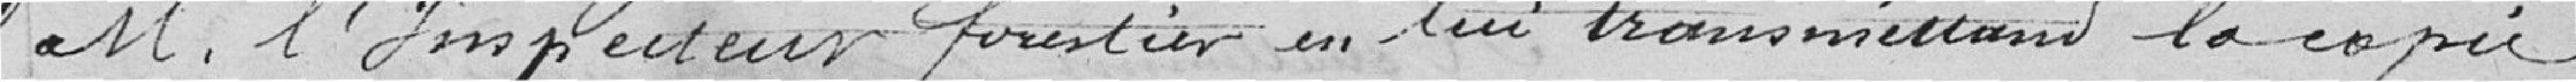
Monsieeur l'Inspecteur forestier en lui transmettant la copie